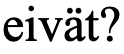
eivät?